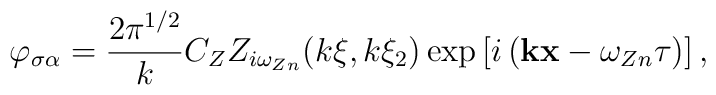
\varphi _{\sigma \alpha } =\frac{2\pi ^{1/2}}{k}C_ZZ_{i\omega_{Zn}}(k\xi ,k\xi _2)\exp \left[ i\left( {\bf kx}-\omega _{Zn}\tau\right) \right] ,